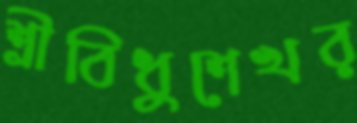
শ্রীবিধুশেখর